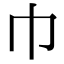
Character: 巾